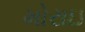
મોરાઇ